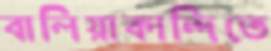
বালিয়াকান্দিতে